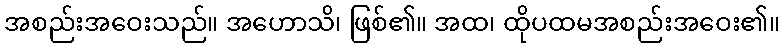
အစည်းအဝေးသည်။ အဟောသိ၊ ဖြစ်၏။ အထ၊ ထိုပထမအစည်းအဝေး၏။